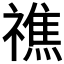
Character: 𥛲